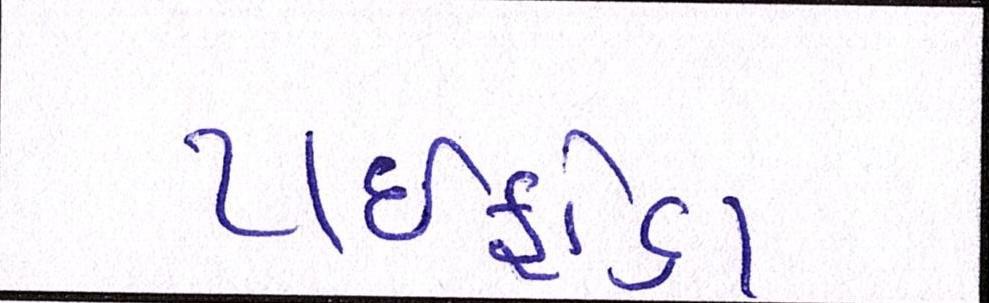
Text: ટાઇફોઇડ